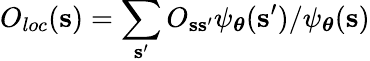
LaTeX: O_{loc}(\mathbf{s})=\sum_{\mathbf{s^{\prime}}}O_{\mathbf{s}\mathbf{s}^{\prime}}\psi_{\boldsymbol\theta}(\mathbf{s}^{\prime})/\psi_{\boldsymbol\theta}(\mathbf{s})